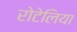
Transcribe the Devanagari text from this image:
रोटेलिया